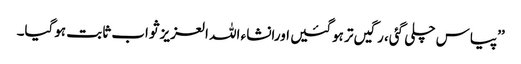
’’پیاس چلی گئی، رگیں تر ہوگئیں اورانشاء اللہ العزیز ثواب ثابت ہوگیا۔